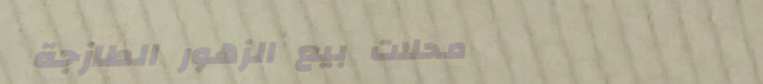
محلات بيع الزهور الطازجة